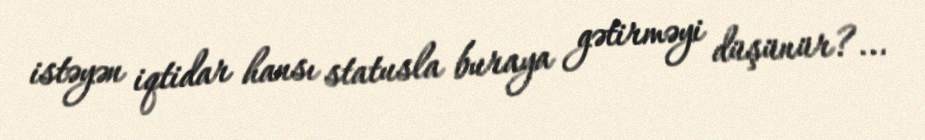
istəyən iqtidar hansı statusla buraya gətirməyi düşünür?...